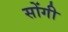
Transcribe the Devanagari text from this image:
सोंगी